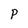
Character: P